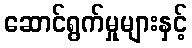
ဆောင်ရွက်မှုများနှင့်